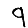
Digit: 9